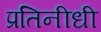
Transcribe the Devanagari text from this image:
प्रतिनीधी